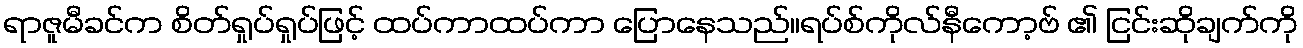
ရာဇူမီခင်က စိတ်ရှုပ်ရှုပ်ဖြင့် ထပ်ကာထပ်ကာ ပြောနေသည်။ရပ်စ်ကိုလ်နီကော့ဗ် ၏ ငြင်းဆိုချက်ကို